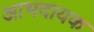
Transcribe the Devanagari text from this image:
आभदायक